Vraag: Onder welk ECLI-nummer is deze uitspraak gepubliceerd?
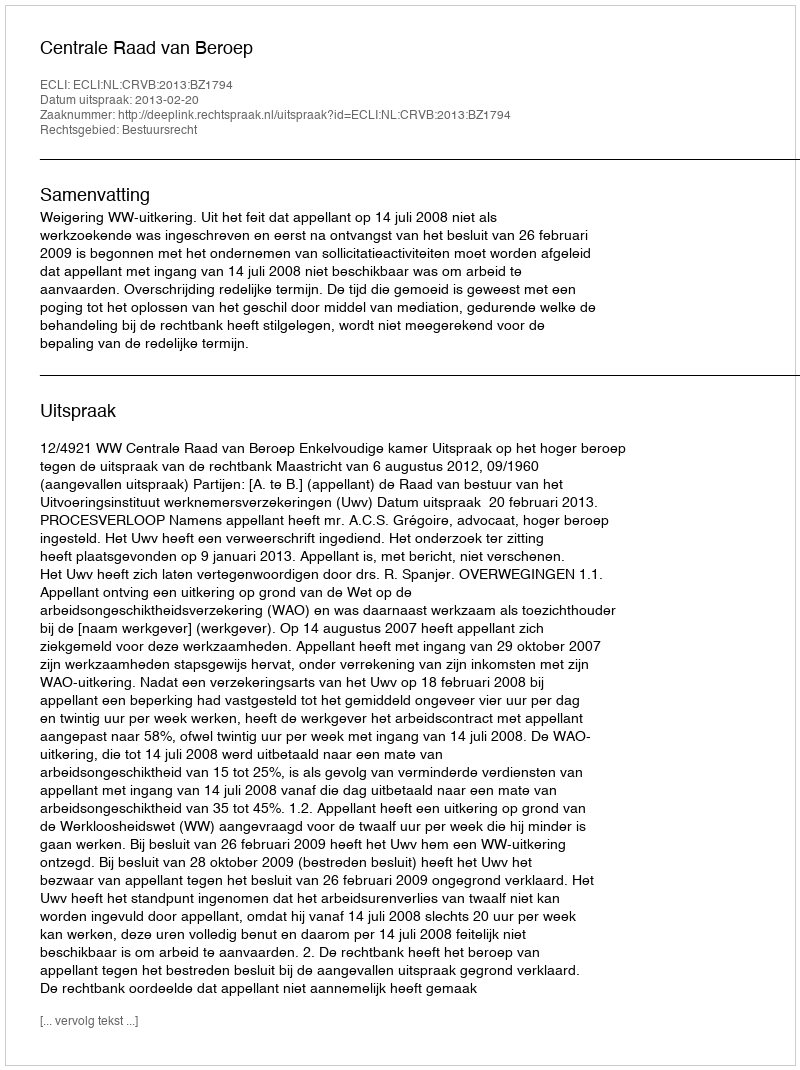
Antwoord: ECLI:NL:CRVB:2013:BZ1794